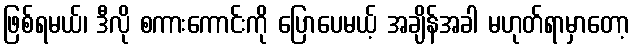
ဖြစ်ရမယ်၊ ဒီလို စကားကောင်းကို ပြောပေမယ့် အချိန်အခါ မဟုတ်ရာမှာတော့